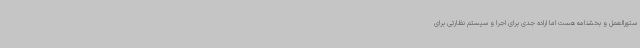
ستورالعمل و بخشنامه هست اما اراده جدی برای اجرا و سیستم نظارتی برای